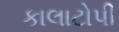
કાલાટોપી